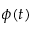
\phi ( t )